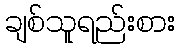
ချစ်သူရည်းစား